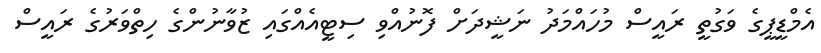
އެމްޑީޕީގެ ވަގުތީ ރައީސް މުހައްމަދު ނަޝީދަށް ފޮނުއްވި ސިޓީއެއްގައި ޒުވާނުންގެ ހިތްވަރުގެ ރައީސް